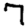
Digit: 7